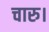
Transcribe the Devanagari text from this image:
चारु।